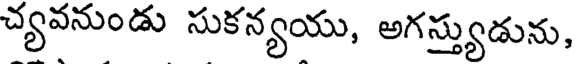
చ్యవనుండు సుకన్యయు, అగస్త్యుడును,